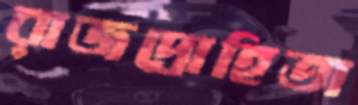
রাজদ্রোহিতা